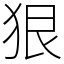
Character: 狠